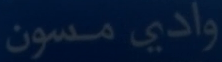
وادي-مدسون